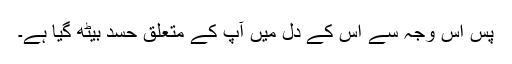
پس اس وجہ سے اس کے دل میں آپ کے متعلق حسد بیٹھ گیا ہے۔